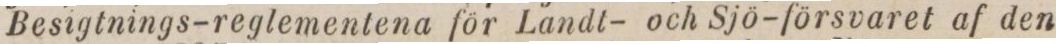
Besigtnings-reglementena för Landt- och Sjö-försvaret af den